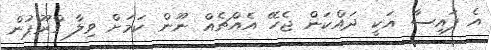
އެ ފައިސާ އަކީ ދައްކަން ޖެހޭ އެއްޗެއް ނޫން ކަމަށް ވިލާ ގްރޫޕުން